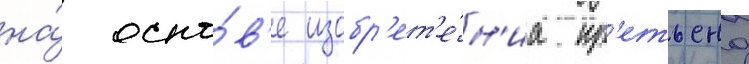
на́ осно́в'е изобр'ет'е́н'иа кр'етьена